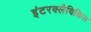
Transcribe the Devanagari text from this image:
इंटरक्लैविकिल